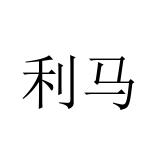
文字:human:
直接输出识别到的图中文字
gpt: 利马